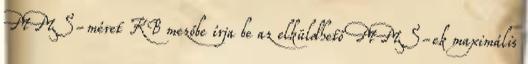
MMS-méret KB mezőbe írja be az elküldhető MMS-ek maximális